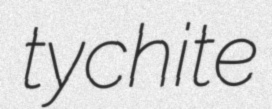
tychite